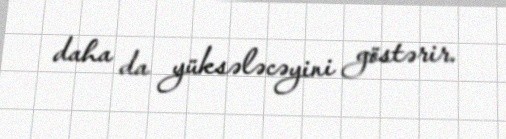
daha da yüksələcəyini göstərir.